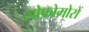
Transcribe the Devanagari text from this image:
सोफ़ोमोरों